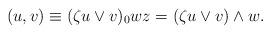
LaTeX: \begin{align*}(u,v)\equiv (\zeta u\vee v)_{0}wz=(\zeta u\vee v)\wedge w.\end{align*}